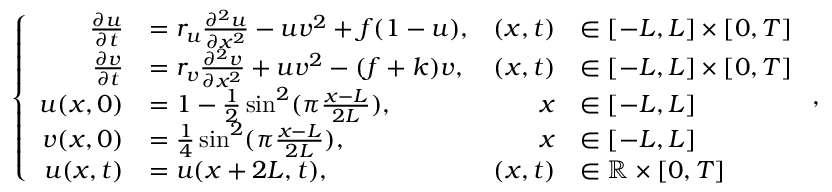
\left\{ \begin{array} { r l r l } { \frac { \partial u } { \partial t } } & { = r _ { u } \frac { \partial ^ { 2 } u } { \partial x ^ { 2 } } - u v ^ { 2 } + f ( 1 - u ) , } & { ( x , t ) } & { \in [ - L , L ] \times [ 0 , T ] } \\ { \frac { \partial v } { \partial t } } & { = r _ { v } \frac { \partial ^ { 2 } v } { \partial x ^ { 2 } } + u v ^ { 2 } - ( f + k ) v , } & { ( x , t ) } & { \in [ - L , L ] \times [ 0 , T ] } \\ { u ( x , 0 ) } & { = 1 - \frac { 1 } { 2 } \sin ^ { 2 } ( \pi \frac { x - L } { 2 L } ) , } & { x } & { \in [ - L , L ] } \\ { v ( x , 0 ) } & { = \frac { 1 } { 4 } \sin ^ { 2 } ( \pi \frac { x - L } { 2 L } ) , } & { x } & { \in [ - L , L ] } \\ { u ( x , t ) } & { = u ( x + 2 L , t ) , } & { ( x , t ) } & { \in \mathbb { R } \times [ 0 , T ] } \end{array} \right. ,